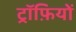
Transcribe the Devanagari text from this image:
ट्रॉफ़ियों